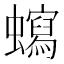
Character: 𧓺